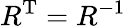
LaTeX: R^{\mathrm{T}}=R^{-1}